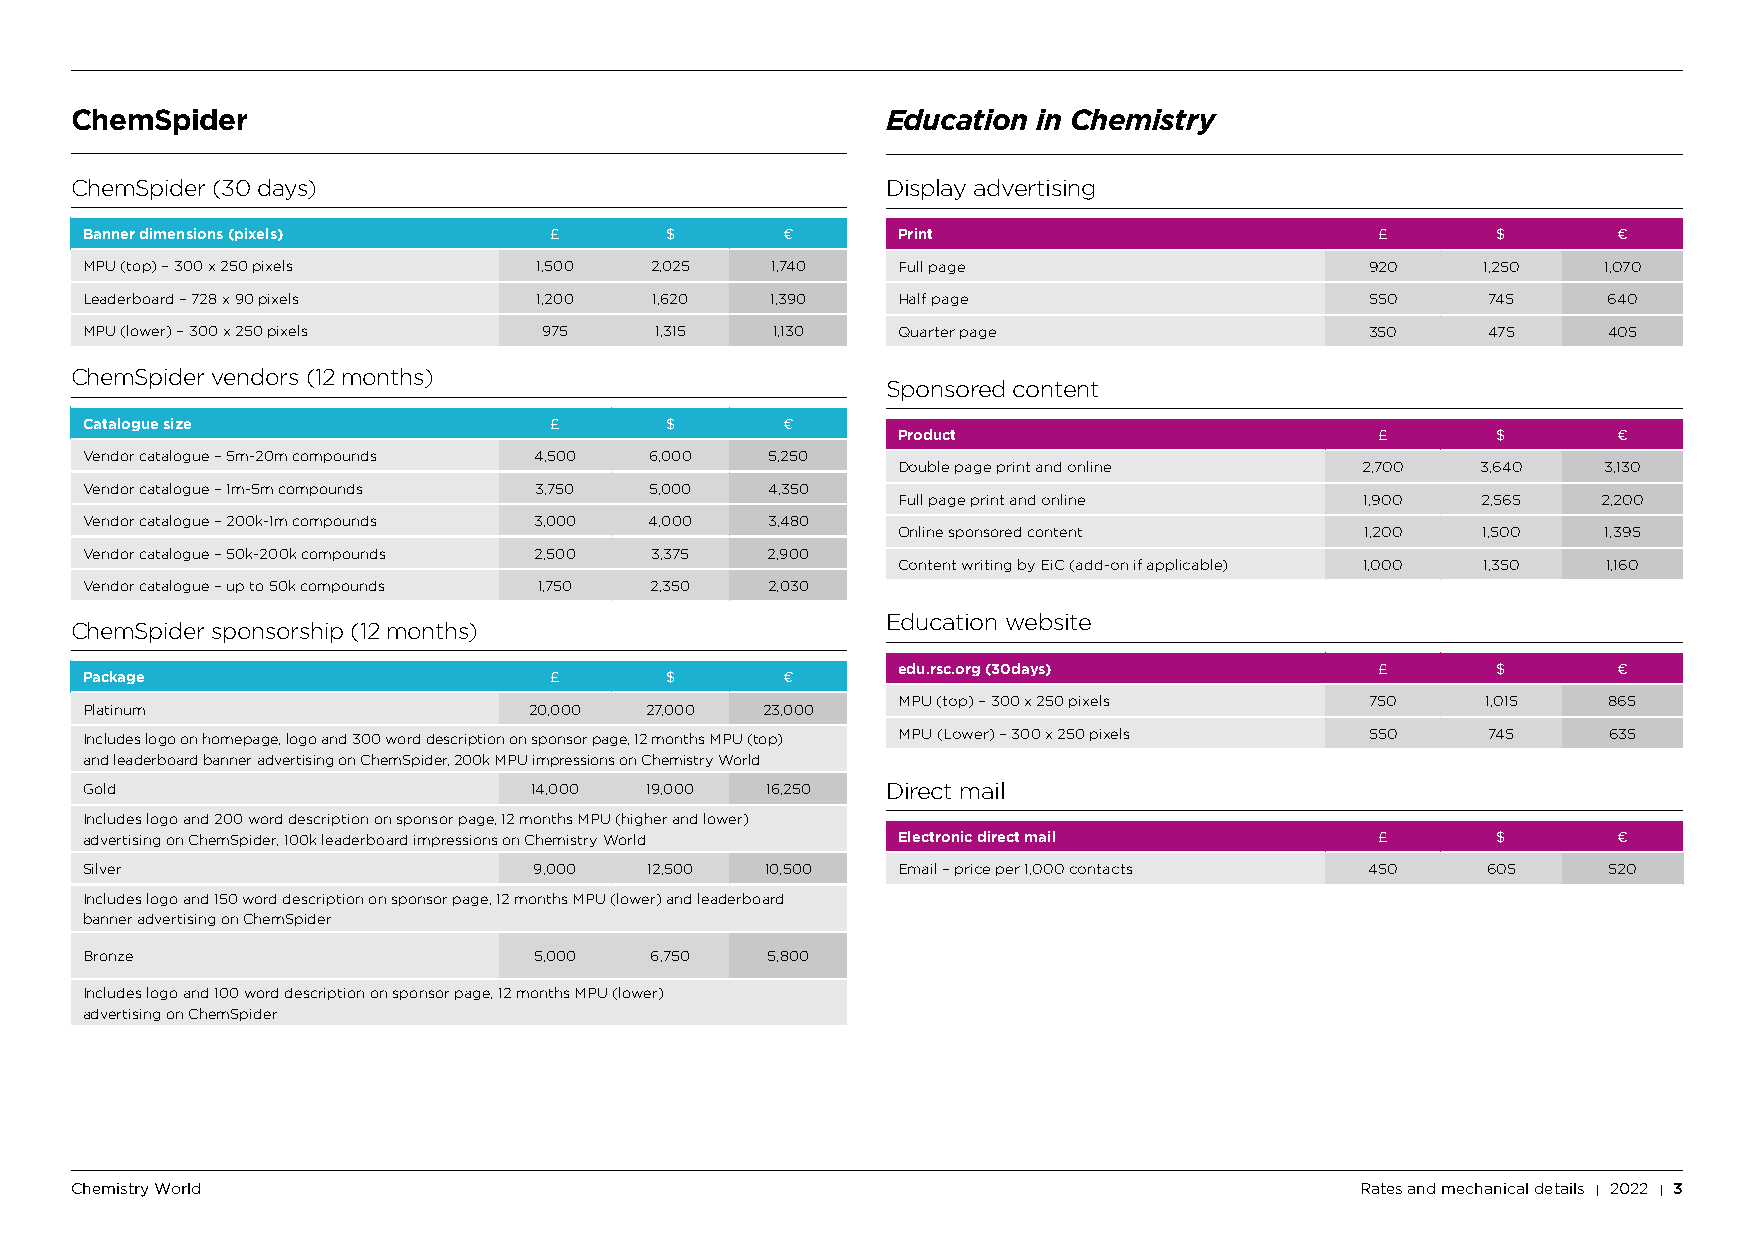
ChemSpider                                            Education in Chemistry
 ChemSpider (30 days)                                  Display advertising
 Banner dimensions (pixels)     £       $       €      Print                           £       $       €
 MPU (top) – 300 x 250 pixels   1,500  2,025   1,740   Full page                       920    1,250   1,070
 Leaderboard – 728 x 90 pixels  1,200  1,620   1,390   Half page                       550     745    640
 MPU (lower) – 300 x 250 pixels 975    1,315   1,130   Quarter page                    350     475    405
 ChemSpider vendors (12 months)
 Sponsored content
 Catalogue size                 £       $       €
 Product                         £       $       €
 Vendor catalogue – 5m-20m compounds 4,500 6,000 5,250
 Double page print and online   2,700   3,640   3,130
 Vendor catalogue – 1m-5m compounds 3,750 5,000 4,350
 Full page print and online     1,900   2,565   2,200
 Vendor catalogue – 200k-1m compounds 3,000 4,000 3,480
 Online sponsored content       1,200   1,500   1,395
 Vendor catalogue – 50k-200k compounds 2,500 3,375 2,900
 Content writing by EiC (add-on if applicable) 1,000 1,350 1,160
 Vendor catalogue – up to 50k compounds 1,750 2,350 2,030
 Education website
 ChemSpider sponsorship (12 months)
 edu.rsc.org (30days)            £       $       €
 Package                        £       $       €
 MPU (top) – 300 x 250 pixels    750    1,015   865
 Platinum                      20,000  27,000 23,000
 Includes logo on homepage, logo and 300 word description on sponsor page, 12 months MPU (top) MPU (Lower) – 300 x 250 pixels 550 745 635
 and leaderboard banner advertising on ChemSpider, 200k MPU impressions on Chemistry World
 Gold                          14,000  19,000  16,250  Direct mail
 Includes logo and 200 word description on sponsor page, 12 months MPU (higher and lower)
 advertising on ChemSpider, 100k leaderboard impressions on Chemistry World Electronic direct mail £ $ €
 Silver                        9,000   12,500  10,500  Email – price per 1,000 contacts 450   605     520
 Includes logo and 150 word description on sponsor page, 12 months MPU (lower) and leaderboard
 banner advertising on ChemSpider
 Bronze                        5,000   6,750   5,800
 Includes logo and 100 word description on sponsor page, 12 months MPU (lower)
 advertising on ChemSpider
 Chemistry World                                                                      Rates and mechanical details I 2022 I 3
 297 mm × 210 mm